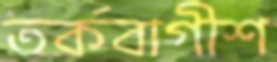
তর্কবাগীশ